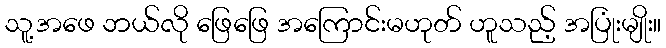
သူ့အဖေ ဘယ်လို ဖြေဖြေ အကြောင်းမဟုတ် ဟူသည့် အပြုံးမျိုး။